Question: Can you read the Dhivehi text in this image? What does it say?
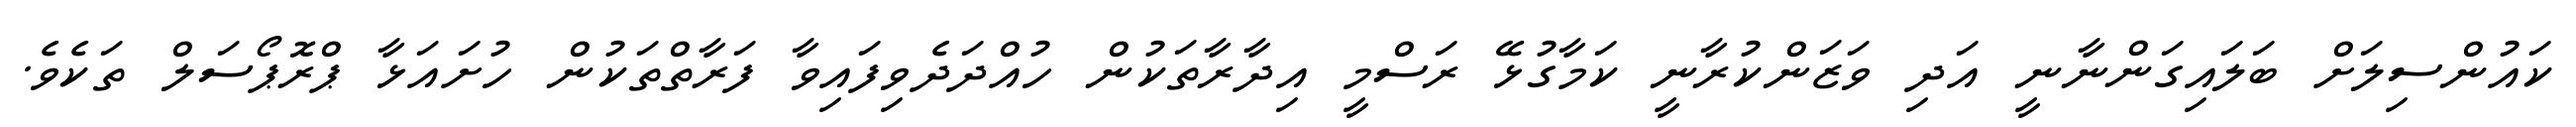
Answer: ކައުންސިލަށް ބަލައިގަންނާނީ އަދި ވަޒަންކުރާނީ ކަމާގުޅޭ ރަސްމީ އިދާރާތަކުން ހުއްދަދެވިފައިވާ ފަރާތްތަކުން ހުށައަޅާ ޕްރޮޕޯސަލް ތަކެވެ.